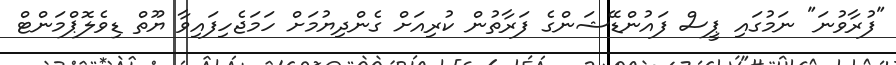
"ފުރާވުނަ" ނަމުގައި ޕީސް ފައުންޑޭޝަންގެ ފަރާތުން ކުރިއަށް ގެންދިޔުމަށް ހަމަޖެހިފައިވާ ޔޫތް ޑިވެލޮޕްމަންޓް